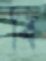
বি